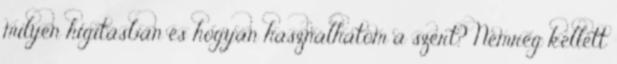
milyen higításban és hogyan használhatom a szert? Nemrég kellett